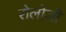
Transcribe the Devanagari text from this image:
रोलोजी